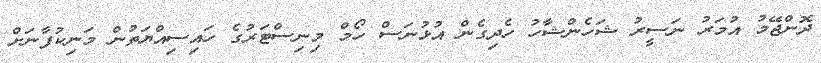
ދޮންޖޭމު އުމަރު ނަސީރު ޝަހެންޝާހު ހެދިގެން އުޅުނަސް ހޯމް މިނިސްޓަރުގެ ހައިސިއްޔަތުން މަނިކުފާނަށް